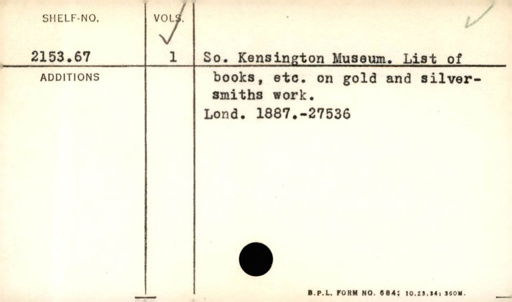
Label: content